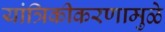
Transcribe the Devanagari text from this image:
यांत्रिकीकरणामुळे